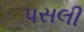
પસલી